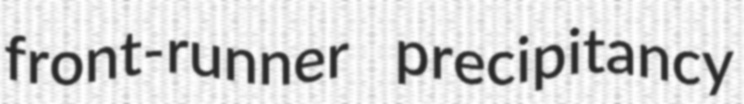
front-runner precipitancy